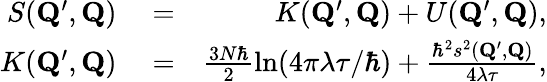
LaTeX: \begin{array}{rlr}{S(\mathbf{Q}^{\prime},\mathbf{Q})}&{{}=}&{K(\mathbf{Q}^{\prime},\mathbf{Q})+U(\mathbf{Q}^{\prime},\mathbf{Q}),}\\ {K(\mathbf{Q}^{\prime},\mathbf{Q})}&{{}=}&{\frac{3N\hbar}{2}\ln(4\pi\lambda\tau/\hbar)+\frac{\hbar^{2}s^{2}(\mathbf{Q}^{\prime},\mathbf{Q})}{4\lambda\tau},}\end{array}